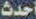
أحدث